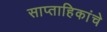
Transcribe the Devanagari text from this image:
साप्ताहिकांचे